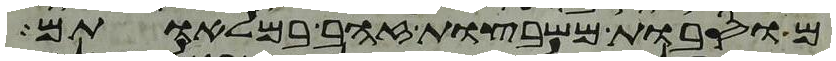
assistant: מוסבות משבצות זהב במלאותם